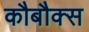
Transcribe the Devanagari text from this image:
कौबौक्स